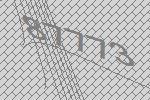
87773